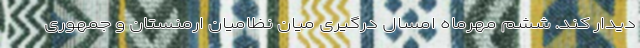
دیدار کند. ششم مهرماه امسال درگیری میان نظامیان ارمنستان و جمهوری